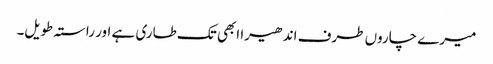
میرے چاروں طرف اندھیرا ابھی تک طاری ہے اور راستہ طویل۔